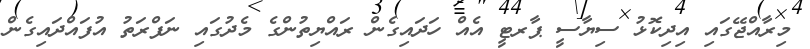
މިރާއްޖޭގައި އިދިކޮޅު ސިޔާސީ ޕާރޓީ އެއް ހަދައިގެން ރައްޔިތުންގެ މެދުގައި ނަފްރަތު އުފައްދައިގެން